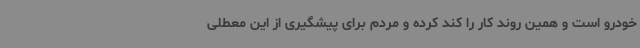
خودرو است و همین روند کار را کند کرده و مردم برای پیشگیری از این معطلی